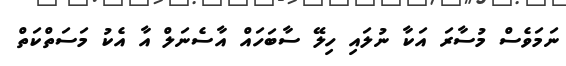
ނަމަވެސް މުސާރަ އަކާ ނުލައި ހިލޭ ސާބަހައް އާސެނަލް އާ އެކު މަސަތްކަތް